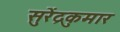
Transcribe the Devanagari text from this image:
सुरेंद्रकुमार